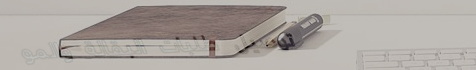
توصيل طلبات البقالة والمو